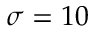
\sigma = 1 0